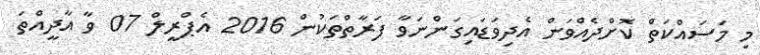
މި މަސައްކަތް ކޮށްދެއްވަން އެދިވަޑައިގަންނަވާ ފަރާތްތަކުން 2016 އެޕްރީލް 07 ވާ އާދީއްތަ